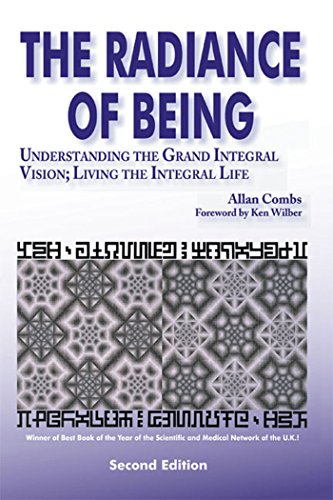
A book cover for Radiance of Being: Understanding the Grand Integral Vision; Living the Integral Life (Omega Book); Allan Combs; Science & Math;